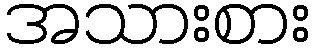
အသားစား